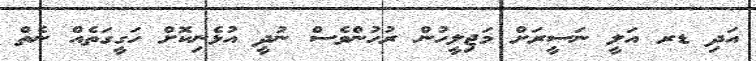
އަދި ޑރ އަލީ ނަސީރަށް މަޖިލީހުން ރުހުންވެސް ނުދީ އުޅެނިކޮށް ހަގީގަތެއް ނެތް